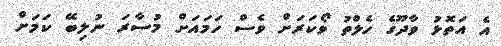
އެ އަތޮޅު ވާދޫގެ ހެލްތު ވޯކަރަށް ވެސް ހަމައަށް މުސާރަ ނުލިބޭ ކަމަށް